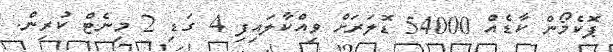
ޕޮކެމޯން ކާޑެއް 54000 ޑޮލަރަށް ވިއްކާލައިފި 4 ގަޑި 2 މިނެޓް ކުރިން.